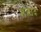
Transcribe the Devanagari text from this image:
अज़ाद